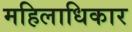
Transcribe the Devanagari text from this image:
महिलाधिकार